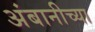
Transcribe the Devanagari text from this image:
अंबानीच्या